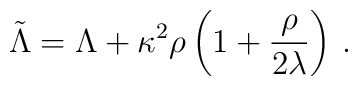
\tilde{\Lambda} = \Lambda +\kappa^2\rho\left(1 +\frac{\rho}{2\lambda}\right) \,.